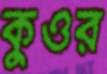
কুওর